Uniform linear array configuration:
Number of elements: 32
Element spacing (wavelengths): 0.75
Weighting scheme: hamming
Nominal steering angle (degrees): -30
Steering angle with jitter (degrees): -28.31
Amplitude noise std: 0.05
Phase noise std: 0.05

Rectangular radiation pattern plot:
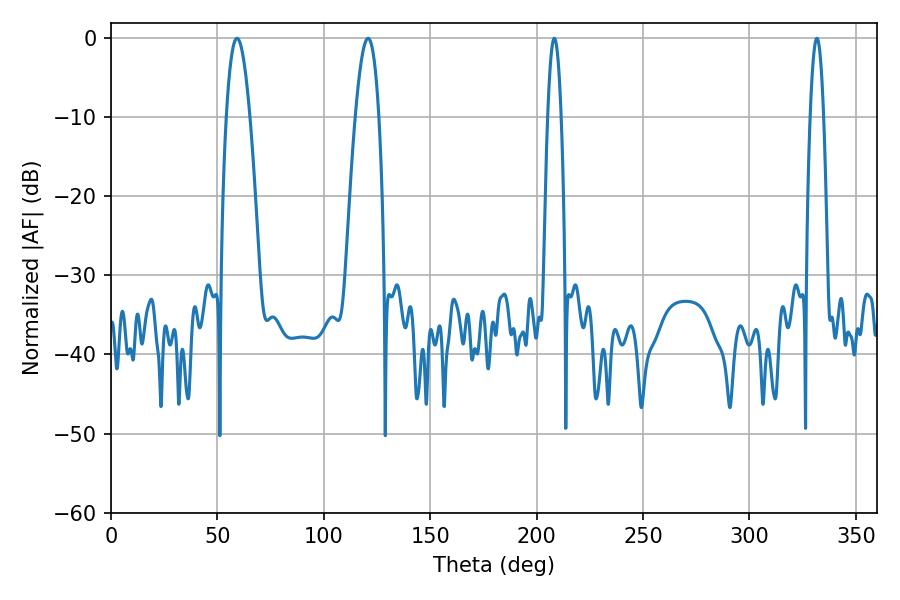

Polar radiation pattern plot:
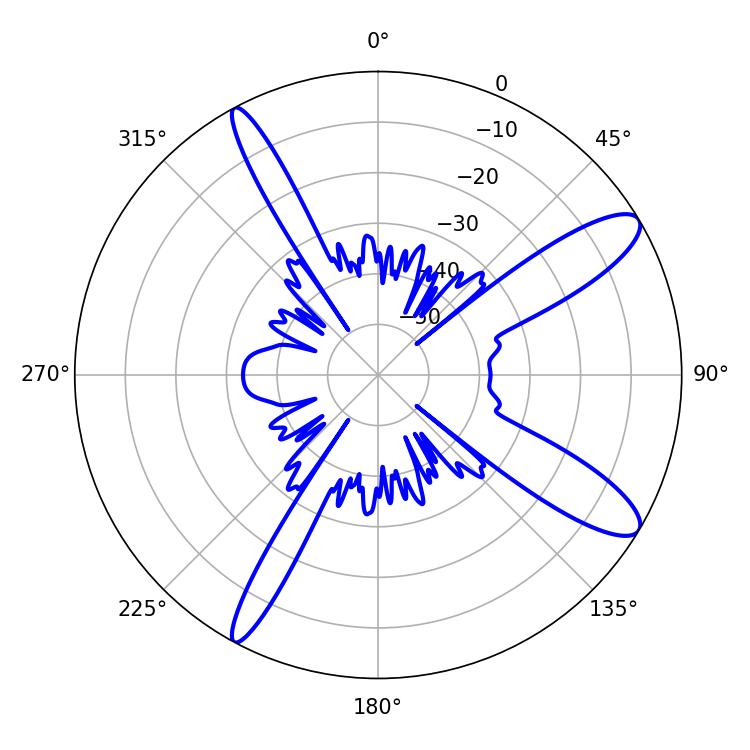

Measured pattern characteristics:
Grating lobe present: TRUE
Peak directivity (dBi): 11.709
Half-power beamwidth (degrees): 6.12
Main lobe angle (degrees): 59.22